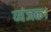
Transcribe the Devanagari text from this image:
व्यंजक।